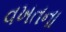
વખતના